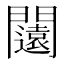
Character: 闧